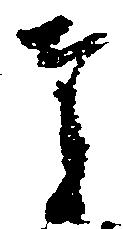
奉